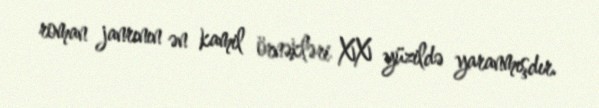
roman janrının ən kamil örnəkləri XX yüzildə yaranmışdır.